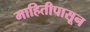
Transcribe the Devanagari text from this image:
माहितीपासून